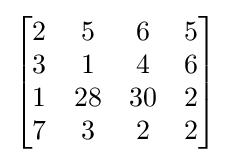
{\begin{bmatrix}2&5&6&5\\3&1&4&6\\1&28&30&2\\7&3&2&2\end{bmatrix}}